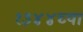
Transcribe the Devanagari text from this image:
१३४४च्या